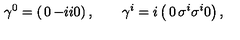
\gamma ^ { 0 } = \left( \begin{matrix} { 0 } & { - i } \\ { i } & { 0 } \\ \end{matrix} \right) , \qquad \gamma ^ { i } = i \left( \begin{matrix} { 0 } & { \sigma ^ { i } } \\ { \sigma ^ { i } } & { 0 } \\ \end{matrix} \right) ,